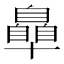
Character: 𮍞